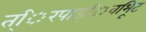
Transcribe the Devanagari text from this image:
त्िरपाड्िवभूिट